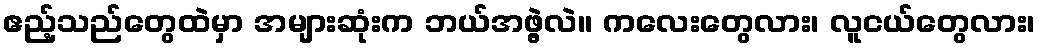
ဧည့်သည်တွေထဲမှာ အများဆုံးက ဘယ်အဖွဲ့လဲ။ ကလေးတွေလား၊ လူငယ်တွေလား၊